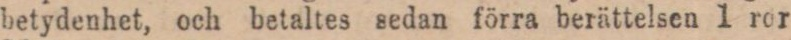
betydenhet, och betaltes sedan förra berättelsen 1 ror